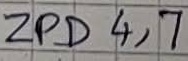
Text: ZPD4,7